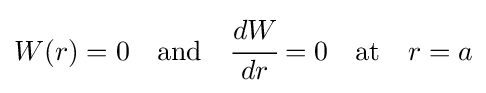
W(r)=0\quad {\text{and}}\quad {\cfrac {dW}{dr}}=0\quad {\text{at}}\quad r=a